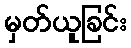
မှတ်ယူခြင်း